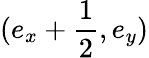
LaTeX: (e_{x}+\frac{1}{2},e_{y})